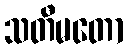
သတီမတော